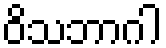
ဝိသဘာဂါ